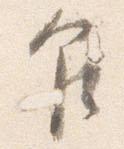
乍